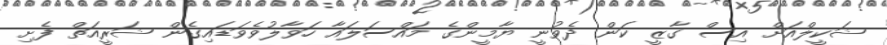
ޝަކީލްއަށް އިސް ގާޒީ ކަން ދެވުނީ ޔާމީންގެ މައްސަލައާ ހަވާލުވެވަޑައިގެން ޝަރީއަތް ފެށި